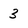
Character: 3